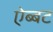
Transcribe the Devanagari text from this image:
ऐब्बट